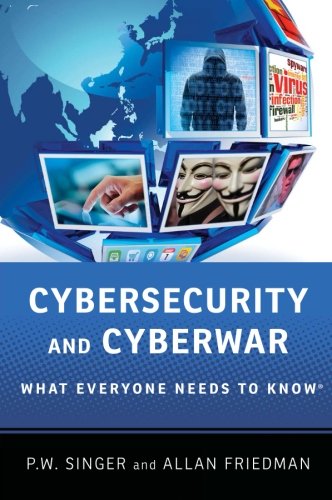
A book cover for Cybersecurity and Cyberwar: What Everyone Needs to KnowÂ®; P.W. Singer; Computers & Technology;